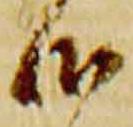
御